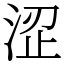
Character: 涩